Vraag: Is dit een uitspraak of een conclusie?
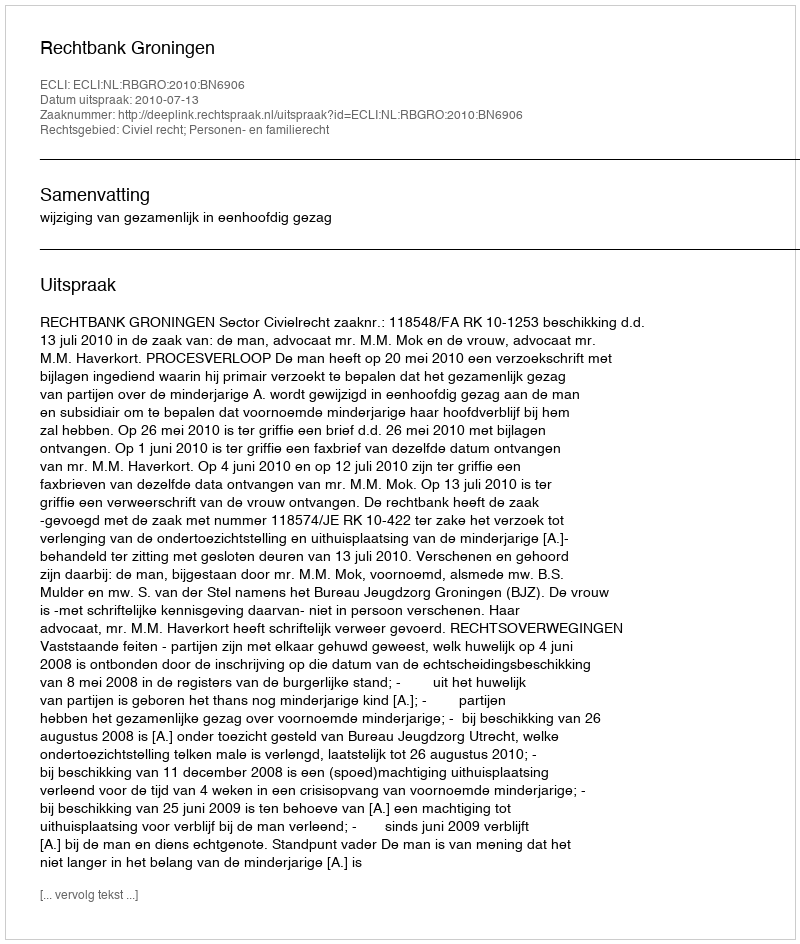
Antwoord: Uitspraak